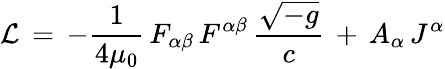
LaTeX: {\mathcal{L}}\, =\, -{\frac{1}{4\mu_{0}}}\, F_{\alpha\beta}\, F^{\alpha\beta}\, {\frac{\sqrt{-g}}{c}}\, +\, A_{\alpha}\, J^{\alpha}